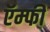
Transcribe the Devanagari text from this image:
ऍम्फी